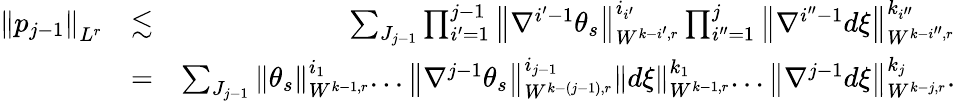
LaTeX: \begin{array}{rlr}{\left\Vert p_{j-1}\right\Vert_{L^{r}}}&{\lesssim}&{\sum_{J_{j-1}}\prod_{i^{\prime}=1}^{j-1}\left\Vert\nabla^{i^{\prime}-1}\theta_{s}\right\Vert_{W^{k-i^{\prime},r}}^{i_{i^{\prime}}}\prod_{i^{\prime\prime}=1}^{j}\left\Vert\nabla^{i^{\prime\prime}-1}d\xi\right\Vert_{W^{k-i^{\prime\prime},r}}^{k_{i^{\prime\prime}}}}\\ &{=}&{\sum_{J_{j-1}}\left\Vert\theta_{s}\right\Vert_{W^{k-1,r}}^{i_{1}}...\left\Vert\nabla^{j-1}\theta_{s}\right\Vert_{W^{k-\left(j-1\right),r}}^{i_{j-1}}\left\Vert d\xi\right\Vert_{W^{k-1,r}}^{k_{1}}...\left\Vert\nabla^{j-1}d\xi\right\Vert_{W^{k-j,r}}^{k_{j}}.}\end{array}